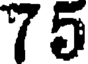
75